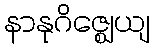
နာနုဂိဇ္ဈေယျ